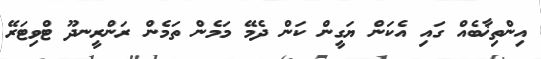
އިންތިޚާބެއް ގައި އެކަން ޔަގީން ކަން ދެމޭ މަމެން ތަމެން ރަންރީނދޫ ޓްވިޓަރޭ